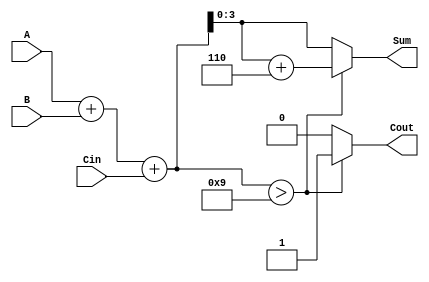
module BCD_Adder (
    input  wire [3:0] A,      // First BCD digit
    input  wire [3:0] B,      // Second BCD digit
    input  wire Cin,          // Carry input
    output reg  [3:0] Sum,    // BCD sum output
    output reg  Cout          // Carry output
);

    wire [4:0] TempSum;       // 5-bit temporary sum to hold A + B + Cin

    // Compute the initial sum
    assign TempSum = A + B + Cin;

    always @(*) begin
        // Check if TempSum exceeds BCD limit (greater than 9)
        if (TempSum > 9) begin
            Sum = TempSum + 6;  // Correct the sum by adding 6
            Cout = 1;           // Set carry output
        end else begin
            Sum = TempSum[3:0]; // Valid BCD, take the lower 4 bits
            Cout = 0;           // No carry
        end
    end

endmodule